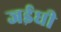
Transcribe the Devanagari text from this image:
जईधी